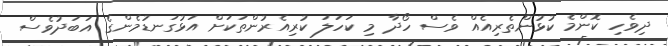
ދިވެހި ކޮންމެ ކުޅުންތެރިއެއް ވެސް ހޯދާ މި ކަހަލަ ކުރިއެރުންތަކަށް އަޅުގަނޑުމެންގެ އަބަދުވެސް